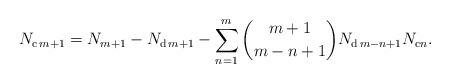
LaTeX: \begin{align*}N_{\mathrm{c}\,m+1}=N_{m+1}-N_{\mathrm{d}\,m+1}-\sum_{n=1}^{m}\binom{m+1}{m-n+1}N_{\mathrm{d}\,m-n+1}N_{\mathrm{c}n}.\end{align*}